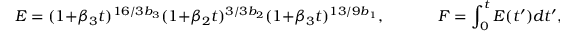
E = ( 1 + \beta _ { 3 } t ) ^ { 1 6 / 3 b _ { 3 } } ( 1 + \beta _ { 2 } t ) ^ { 3 / 3 b _ { 2 } } ( 1 + \beta _ { 3 } t ) ^ { 1 3 / 9 b _ { 1 } } , \; \; \; \; \; \; \; \; \; \; \; \; F = \int _ { 0 } ^ { t } E ( t ^ { \prime } ) d t ^ { \prime } ,